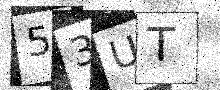
Text: 53UT